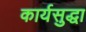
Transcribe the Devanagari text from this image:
कार्यसुद्धा